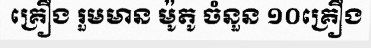
គ្រឿង រួមមាន ម៉ូតូ ចំនួន ១០គ្រឿង